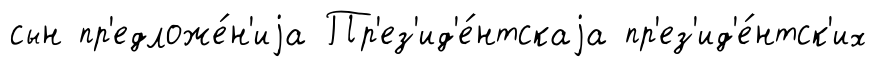
сын пр'едложе́н'иjа Пр'ез'ид'е́нтскаjа пр'ез'ид'е́нтск'их